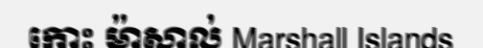
កោះ ម៉ាសាល់ Marshall Islands